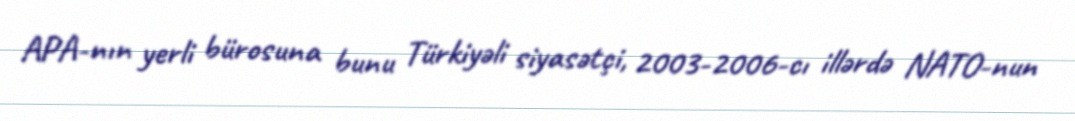
APA-nın yerli bürosuna bunu Türkiyəli siyasətçi, 2003-2006-cı illərdə NATO-nun